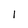
Character: I